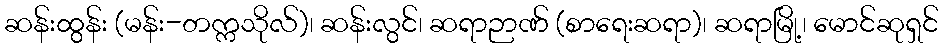
ဆန်းထွန်း (မန်း-တက္ကသိုလ်)၊ ဆန်းလွင်၊ ဆရာဉာဏ် (စာရေးဆရာ)၊ ဆရာမြို့၊ မောင်ဆုရှင်